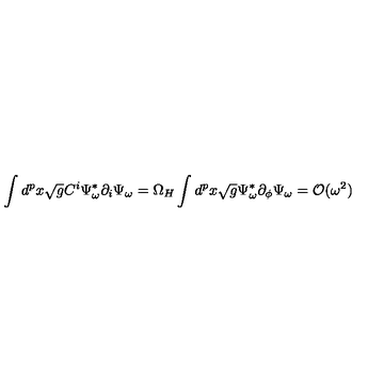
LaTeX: \int d ^ { p } x \sqrt { g } C ^ { i } \Psi _ { \omega } ^ { * } \partial _ { i } \Psi _ { \omega } = \Omega _ { H } \int d ^ { p } x \sqrt { g } \Psi _ { \omega } ^ { * } \partial _ { \phi } \Psi _ { \omega } \nonumber = { \cal O } ( \omega ^ { 2 } )